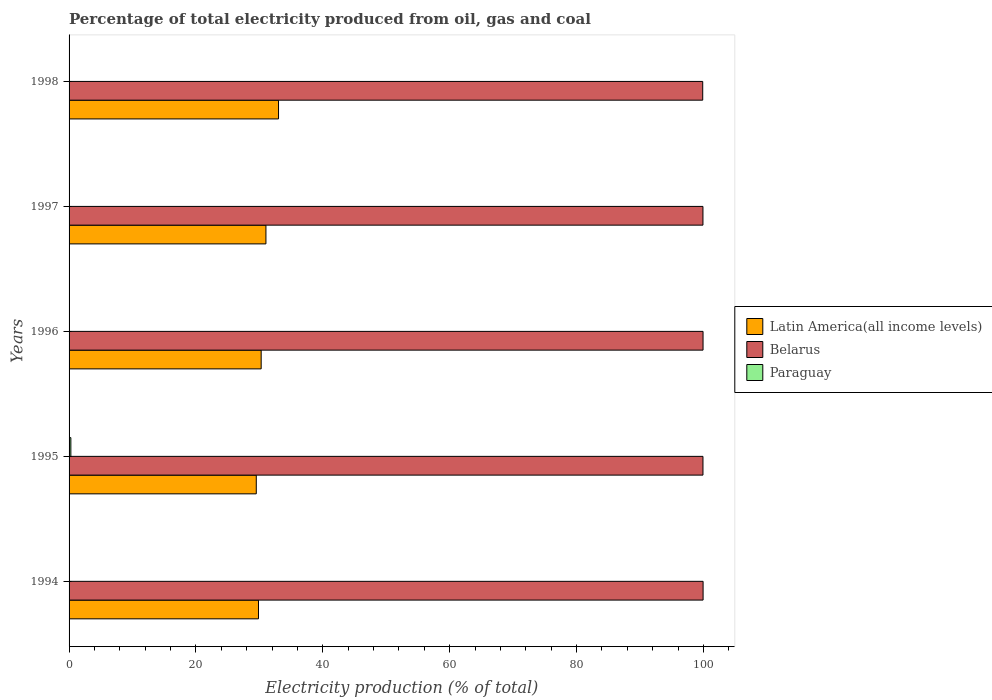
| Years | Latin America(all income levels) | Belarus | Paraguay |
 | --- | --- | --- | --- |
 | 1994 | 29.9 | 99.9 | 0.0192 |
 | 1995 | 29.5 | 99.9 | 0.282 |
 | 1996 | 30.3 | 99.9 | 0.0335 |
 | 1997 | 31 | 99.9 | 0.0216 |
 | 1998 | 33 | 99.9 | 0.0216 |